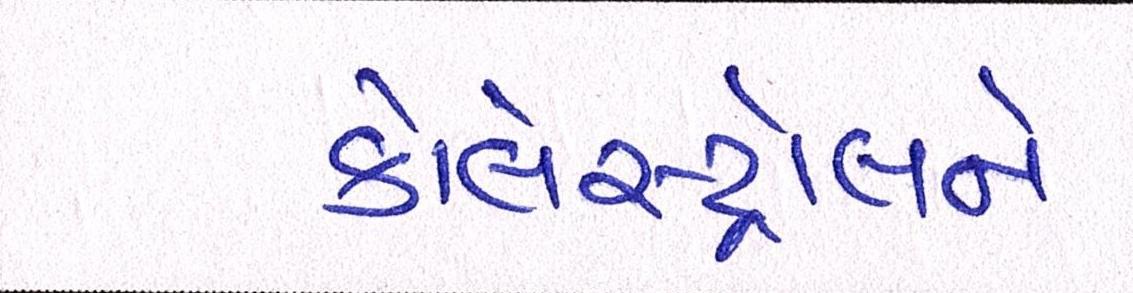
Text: કોલેસ્ટ્રોલને